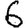
Digit: 6